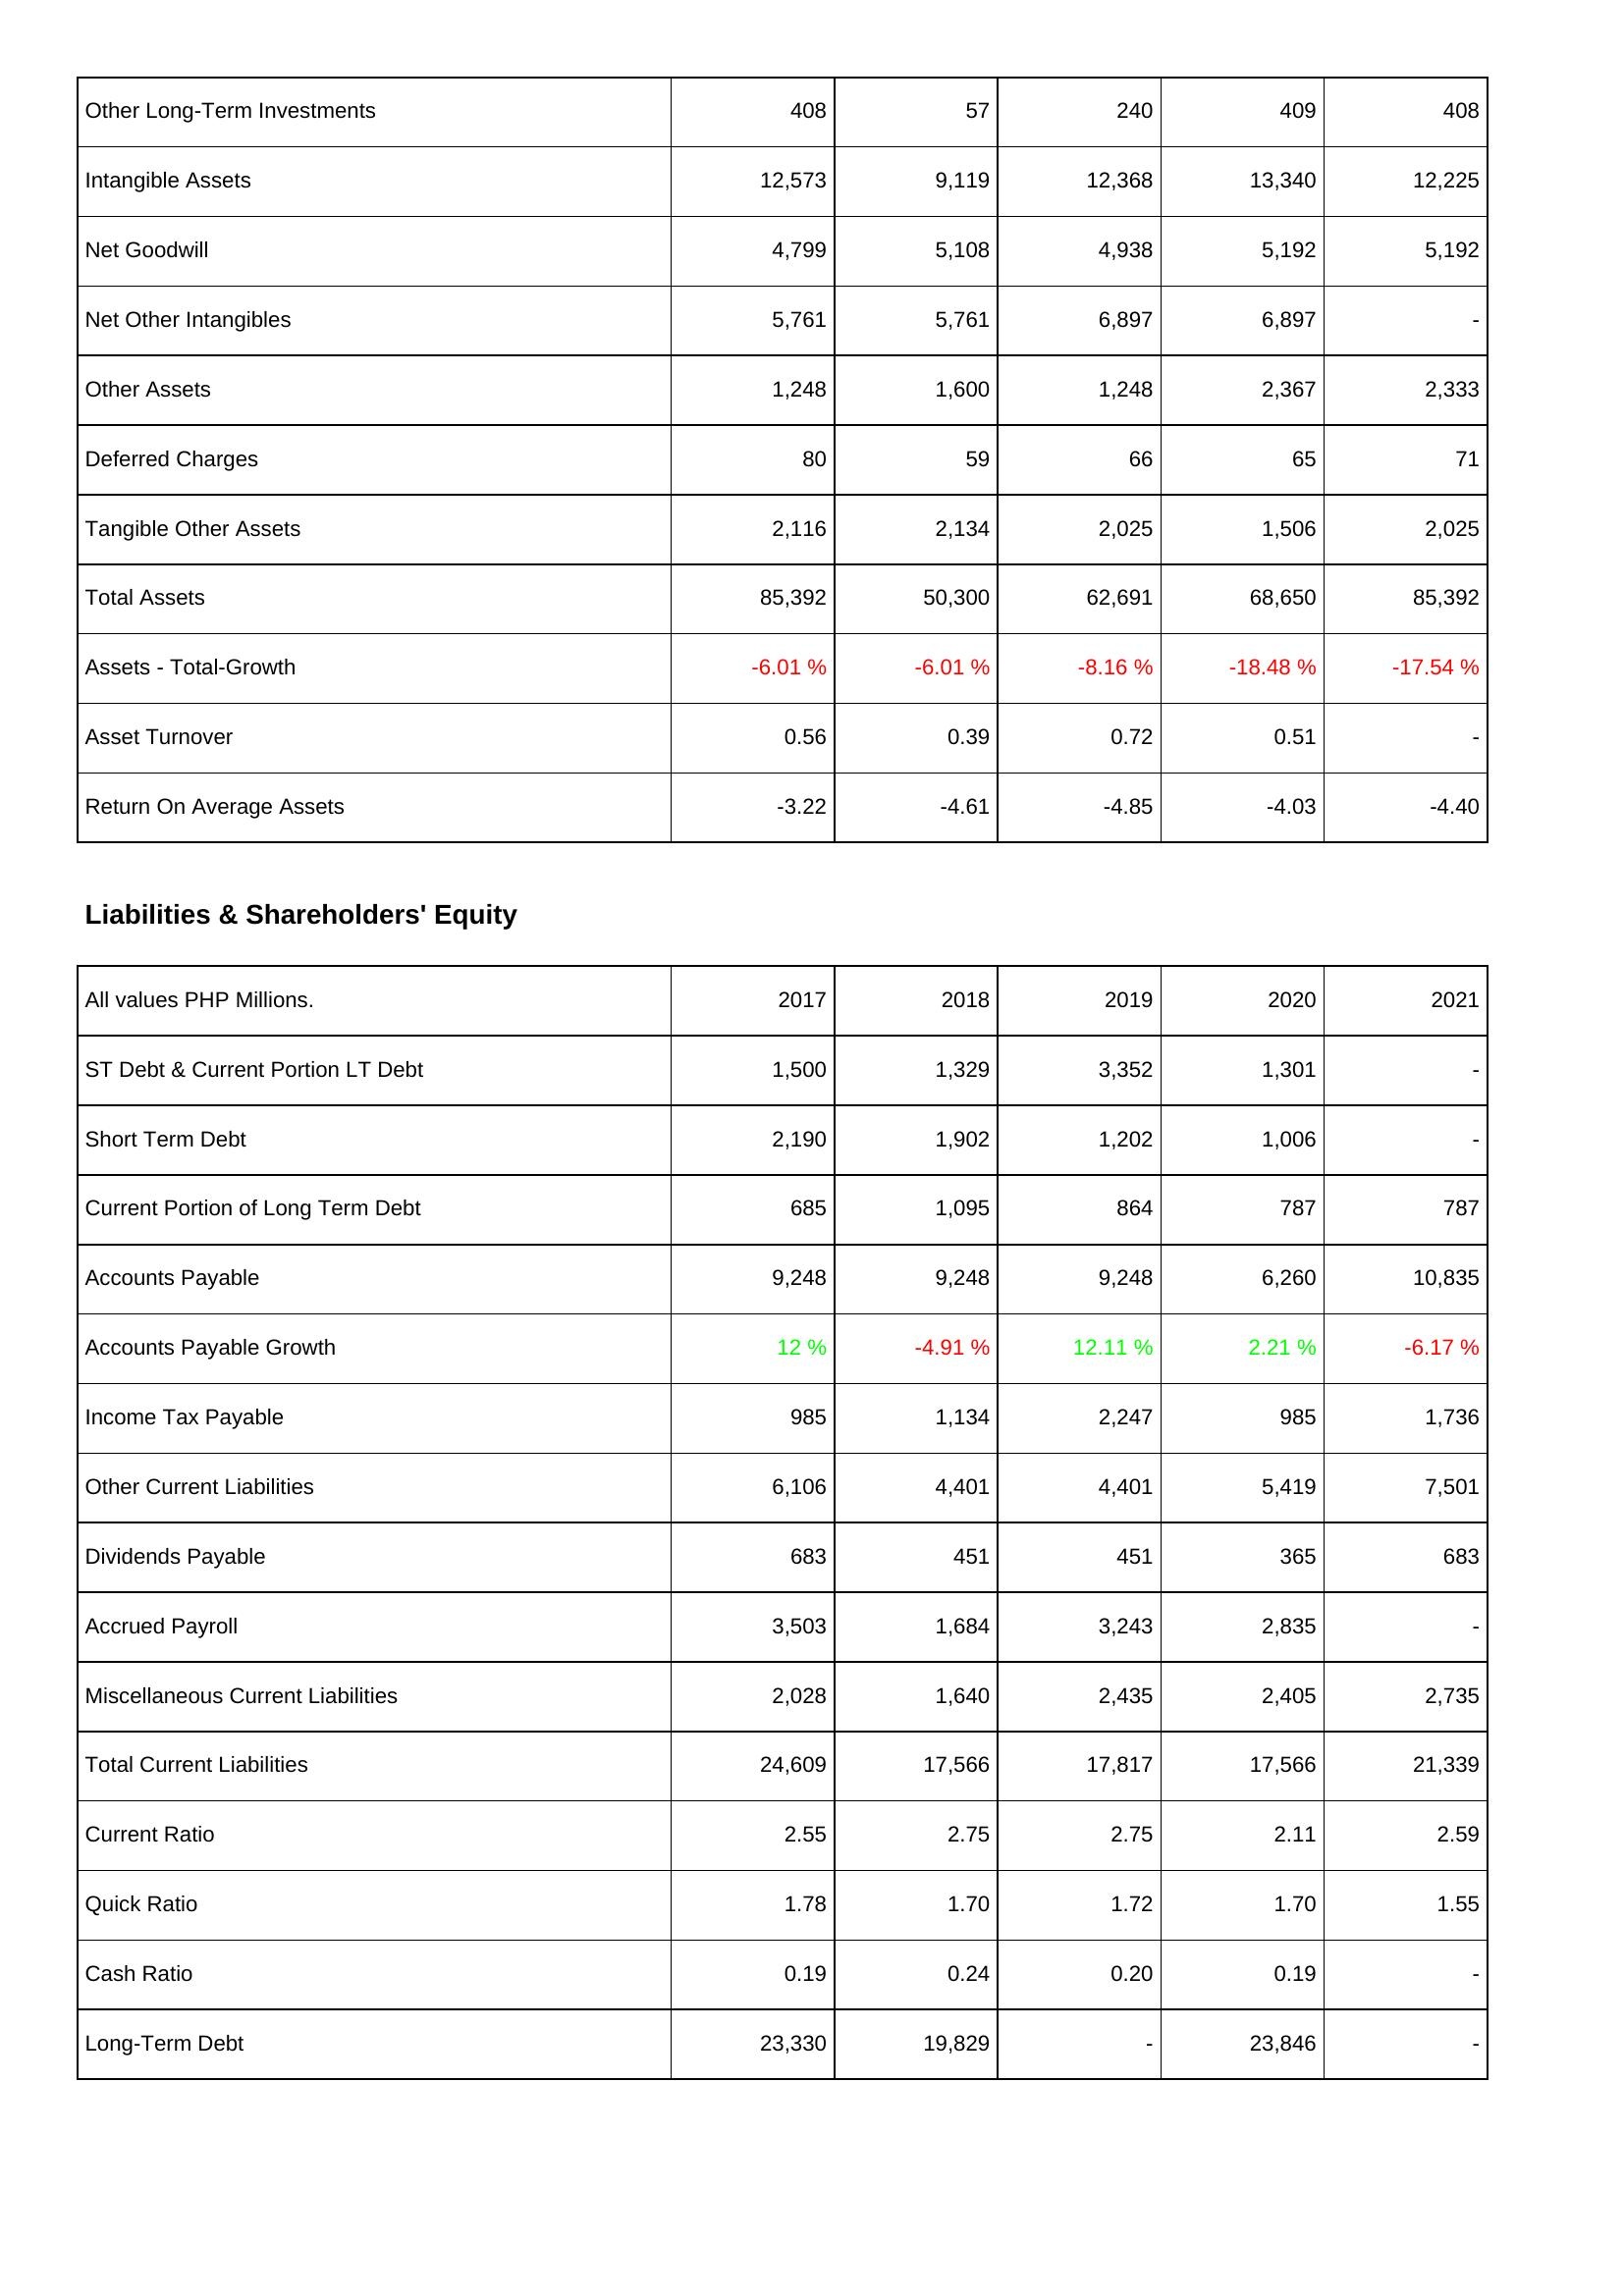
2017: Assets: Other Long-Term Investments: 408
Intangible Assets: 12,573
Net Goodwill: 4,799
Net Other Intangibles: 5,761
Other Assets: 1,248
Deferred Charges: 80
Tangible Other Assets: 2,116
Total Assets: 85,392
Assets - Total-Growth: -6.01 %
Asset Turnover: 0.56
Return On Average Assets: -3.22
Liabilities & Shareholders' Equity: ST Debt & Current Portion LT Debt: 1,500
Short Term Debt: 2,190
Current Portion of Long Term Debt: 685
Accounts Payable: 9,248
Accounts Payable Growth: 12 %
Income Tax Payable: 985
Other Current Liabilities: 6,106
Dividends Payable: 683
Accrued Payroll: 3,503
Miscellaneous Current Liabilities: 2,028
Total Current Liabilities: 24,609
Current Ratio: 2.55
Quick Ratio: 1.78
Cash Ratio: 0.19
Long-Term Debt: 23,330
2018: Assets: Other Long-Term Investments: 57
Intangible Assets: 9,119
Net Goodwill: 5,108
Net Other Intangibles: 5,761
Other Assets: 1,600
Deferred Charges: 59
Tangible Other Assets: 2,134
Total Assets: 50,300
Assets - Total-Growth: -6.01 %
Asset Turnover: 0.39
Return On Average Assets: -4.61
Liabilities & Shareholders' Equity: ST Debt & Current Portion LT Debt: 1,329
Short Term Debt: 1,902
Current Portion of Long Term Debt: 1,095
Accounts Payable: 9,248
Accounts Payable Growth: -4.91 %
Income Tax Payable: 1,134
Other Current Liabilities: 4,401
Dividends Payable: 451
Accrued Payroll: 1,684
Miscellaneous Current Liabilities: 1,640
Total Current Liabilities: 17,566
Current Ratio: 2.75
Quick Ratio: 1.70
Cash Ratio: 0.24
Long-Term Debt: 19,829
2019: Assets: Other Long-Term Investments: 240
Intangible Assets: 12,368
Net Goodwill: 4,938
Net Other Intangibles: 6,897
Other Assets: 1,248
Deferred Charges: 66
Tangible Other Assets: 2,025
Total Assets: 62,691
Assets - Total-Growth: -8.16 %
Asset Turnover: 0.72
Return On Average Assets: -4.85
Liabilities & Shareholders' Equity: ST Debt & Current Portion LT Debt: 3,352
Short Term Debt: 1,202
Current Portion of Long Term Debt: 864
Accounts Payable: 9,248
Accounts Payable Growth: 12.11 %
Income Tax Payable: 2,247
Other Current Liabilities: 4,401
Dividends Payable: 451
Accrued Payroll: 3,243
Miscellaneous Current Liabilities: 2,435
Total Current Liabilities: 17,817
Current Ratio: 2.75
Quick Ratio: 1.72
Cash Ratio: 0.20
Long-Term Debt: -
2020: Assets: Other Long-Term Investments: 409
Intangible Assets: 13,340
Net Goodwill: 5,192
Net Other Intangibles: 6,897
Other Assets: 2,367
Deferred Charges: 65
Tangible Other Assets: 1,506
Total Assets: 68,650
Assets - Total-Growth: -18.48 %
Asset Turnover: 0.51
Return On Average Assets: -4.03
Liabilities & Shareholders' Equity: ST Debt & Current Portion LT Debt: 1,301
Short Term Debt: 1,006
Current Portion of Long Term Debt: 787
Accounts Payable: 6,260
Accounts Payable Growth: 2.21 %
Income Tax Payable: 985
Other Current Liabilities: 5,419
Dividends Payable: 365
Accrued Payroll: 2,835
Miscellaneous Current Liabilities: 2,405
Total Current Liabilities: 17,566
Current Ratio: 2.11
Quick Ratio: 1.70
Cash Ratio: 0.19
Long-Term Debt: 23,846
2021: Assets: Other Long-Term Investments: 408
Intangible Assets: 12,225
Net Goodwill: 5,192
Net Other Intangibles: -
Other Assets: 2,333
Deferred Charges: 71
Tangible Other Assets: 2,025
Total Assets: 85,392
Assets - Total-Growth: -17.54 %
Asset Turnover: -
Return On Average Assets: -4.40
Liabilities & Shareholders' Equity: ST Debt & Current Portion LT Debt: -
Short Term Debt: -
Current Portion of Long Term Debt: 787
Accounts Payable: 10,835
Accounts Payable Growth: -6.17 %
Income Tax Payable: 1,736
Other Current Liabilities: 7,501
Dividends Payable: 683
Accrued Payroll: -
Miscellaneous Current Liabilities: 2,735
Total Current Liabilities: 21,339
Current Ratio: 2.59
Quick Ratio: 1.55
Cash Ratio: -
Long-Term Debt: -